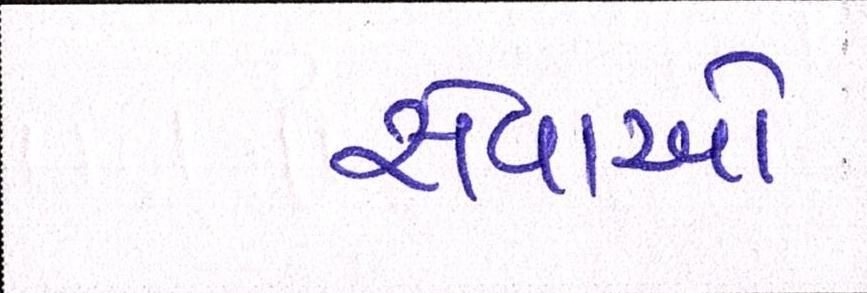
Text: સેવાઓ